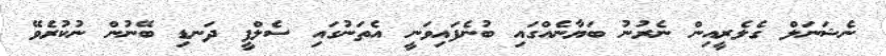
ނެޝަނަލް ގެލެރީއިން ނެރުނު ބަޔާނެއްގައި ބުނެފައިވަނީ އެތަނުގައި ސެލްފީ ދަނޑި ބޭނުން ނުކުރެވޭ